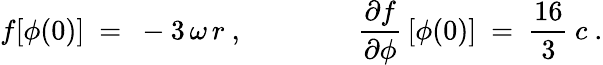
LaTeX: f[\phi(0)]\ =\ -3\, \omega\, r\ ,\qquad\qquad\frac{\partial f}{\partial\phi}\, [\phi(0)]\ =\ \frac{16}{3}\: c\ .